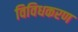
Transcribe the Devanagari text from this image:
विविधकरण